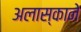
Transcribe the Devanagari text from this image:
अलास्काने